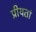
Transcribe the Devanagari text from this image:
प्रीयतां